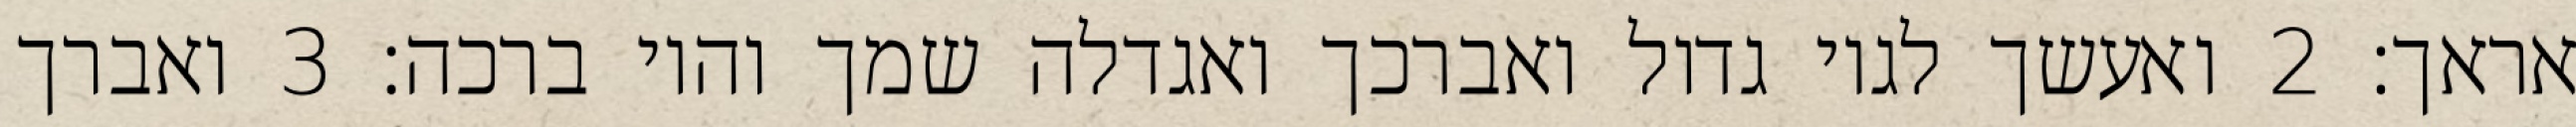
אראך׃ ‎2‏ ואעשך לגוי גדול ואברכך ואגדלה שמך והוי ברכה׃ ‎3‏ ואברך